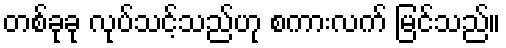
တစ်ခုခု လုပ်သင့်သည်ဟု စကားလက် မြင်သည်။